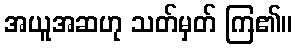
အယူအဆဟု သတ်မှတ် ကြ၏။